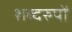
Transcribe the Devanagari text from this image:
शब्दरुपों